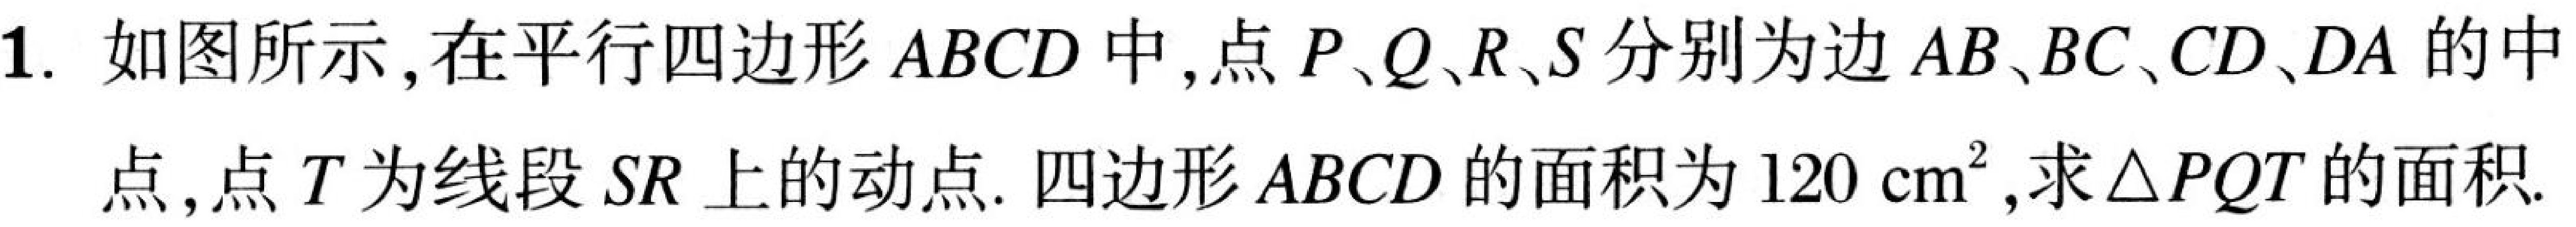
1. 如图所示，在平行四边形$ABCD$中，点$P、Q、R、S$分别为边$AB、BC、CD、DA$的中点，点$T$为线段$SR$上的动点. 四边形$ABCD$的面积为$120\mathrm{cm}^{2}$,求$\triangle PQT$的面积.